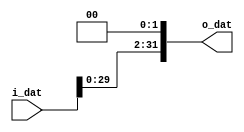
`timescale 1ns / 1ps

/* Shift the input by two 
 * Input: 32-bit
 */

module l_shift_two(
    input       [31:0]      i_dat,
    output      [31:0]      o_dat
    );

    assign o_dat = {i_dat[29:0], 2'b00};
endmodule